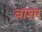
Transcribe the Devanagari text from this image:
बाशर